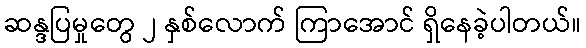
ဆန္ဒပြမှုတွေ ၂ နှစ်လောက် ကြာအောင် ရှိနေခဲ့ပါတယ်။